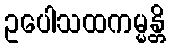
ဥပေါသထကမ္မန္တိ